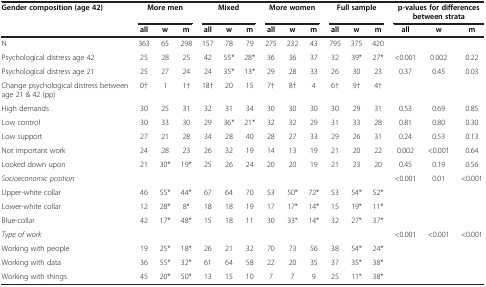
<table><thead><tr><td><b>Gender composition (age 42)</b></td><td colspan="3"><b>More men</b></td><td colspan="3"><b>Mixed</b></td><td colspan="3"><b>More women</b></td><td colspan="3"><b>Full sample</b></td><td colspan="3"><b>p-values for differences between strata</b></td></tr><tr><td><b> </b></td><td><b>all</b></td><td><b>w</b></td><td><b>m</b></td><td><b>all</b></td><td><b>w</b></td><td><b>m</b></td><td><b>all</b></td><td><b>w</b></td><td><b>m</b></td><td><b>all</b></td><td><b>w</b></td><td><b>m</b></td><td><b>all</b></td><td><b>w</b></td><td><b>m</b></td></tr></thead><tbody><tr><td>N</td><td>363</td><td>65</td><td>298</td><td>157</td><td>78</td><td>79</td><td>275</td><td>232</td><td>43</td><td>795</td><td>375</td><td>420</td><td> </td><td> </td><td> </td></tr><tr><td>Psychological distress age 42</td><td>25</td><td>28</td><td>25</td><td>42</td><td>55*</td><td>28*</td><td>36</td><td>36</td><td>37</td><td>32</td><td>39*</td><td>27*</td><td>&lt;0.001</td><td>0.002</td><td>0.22</td></tr><tr><td>Psychological distress age 21</td><td>25</td><td>27</td><td>24</td><td>24</td><td>35*</td><td>13*</td><td>29</td><td>28</td><td>33</td><td>26</td><td>30</td><td>23</td><td>0.37</td><td>0.45</td><td>0.03</td></tr><tr><td>Change psychological distress between age 21 &amp; 42 (pp)</td><td>0†</td><td>1</td><td>1†</td><td>18†</td><td>20</td><td>15</td><td>7†</td><td>8†</td><td>4</td><td>6†</td><td>9†</td><td>4†</td><td> </td><td> </td><td> </td></tr><tr><td>High demands</td><td>30</td><td>25</td><td>31</td><td>32</td><td>31</td><td>34</td><td>30</td><td>30</td><td>30</td><td>30</td><td>29</td><td>31</td><td>0.53</td><td>0.69</td><td>0.85</td></tr><tr><td>Low control</td><td>30</td><td>33</td><td>30</td><td>29</td><td>36*</td><td>21*</td><td>32</td><td>32</td><td>29</td><td>31</td><td>33</td><td>28</td><td>0.81</td><td>0.80</td><td>0.30</td></tr><tr><td>Low support</td><td>27</td><td>21</td><td>28</td><td>34</td><td>28</td><td>40</td><td>28</td><td>27</td><td>33</td><td>29</td><td>26</td><td>31</td><td>0.24</td><td>0.53</td><td>0.13</td></tr><tr><td>Not important work</td><td>24</td><td>28</td><td>23</td><td>26</td><td>32</td><td>19</td><td>14</td><td>13</td><td>19</td><td>21</td><td>20</td><td>22</td><td>0.002</td><td>&lt;0.001</td><td>0.64</td></tr><tr><td>Looked down upon</td><td>21</td><td>30*</td><td>19*</td><td>25</td><td>26</td><td>24</td><td>20</td><td>20</td><td>19</td><td>21</td><td>23</td><td>20</td><td>0.45</td><td>0.19</td><td>0.56</td></tr><tr><td><i>Socioeconomic position</i></td><td> </td><td> </td><td> </td><td> </td><td> </td><td> </td><td> </td><td> </td><td> </td><td> </td><td> </td><td> </td><td>&lt;0.001</td><td>0.01</td><td>&lt;0.001</td></tr><tr><td>Upper-white collar</td><td>46</td><td>55*</td><td>44*</td><td>67</td><td>64</td><td>70</td><td>53</td><td>50*</td><td>72*</td><td>53</td><td>54*</td><td>52*</td><td> </td><td> </td><td> </td></tr><tr><td>Lower-white collar</td><td>12</td><td>28*</td><td>8*</td><td>18</td><td>18</td><td>19</td><td>17</td><td>17*</td><td>14*</td><td>15</td><td>19*</td><td>11*</td><td> </td><td> </td><td> </td></tr><tr><td>Blue-collar</td><td>42</td><td>17*</td><td>48*</td><td>15</td><td>18</td><td>11</td><td>30</td><td>33*</td><td>14*</td><td>32</td><td>27*</td><td>37*</td><td> </td><td> </td><td> </td></tr><tr><td><i>Type of work</i></td><td> </td><td> </td><td> </td><td> </td><td> </td><td> </td><td> </td><td> </td><td> </td><td> </td><td> </td><td> </td><td>&lt;0.001</td><td>&lt;0.001</td><td>&lt;0.001</td></tr><tr><td>Working with people</td><td>19</td><td>25*</td><td>18*</td><td>26</td><td>21</td><td>32</td><td>70</td><td>73</td><td>56</td><td>38</td><td>54*</td><td>24*</td><td> </td><td> </td><td> </td></tr><tr><td>Working with data</td><td>36</td><td>55*</td><td>32*</td><td>61</td><td>64</td><td>58</td><td>22</td><td>20</td><td>35</td><td>37</td><td>35*</td><td>38*</td><td> </td><td> </td><td> </td></tr><tr><td>Working with things</td><td>45</td><td>20*</td><td>50*</td><td>13</td><td>15</td><td>10</td><td>7</td><td>7</td><td>9</td><td>25</td><td>11*</td><td>38*</td><td> </td><td> </td><td> </td></tr></tbody></table>